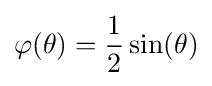
\varphi (\theta )={\frac {1}{2}}\sin(\theta )